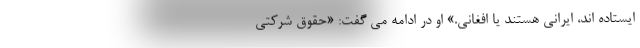
ایستاده اند، ایرانی هستند یا افغانی.» او در ادامه می گفت: «حقوق شرکتی